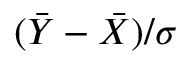
( { \bar { Y } } - { \bar { X } } ) / \sigma